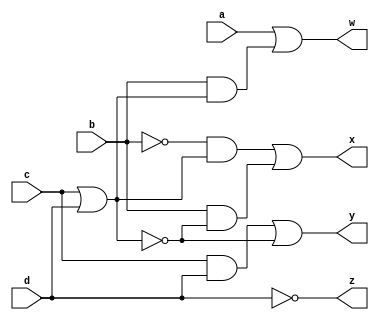
`timescale 1ns / 1ps
//////////////////////////////////////////////////////////////////////////////////
// Company: 
// Engineer: 
// 
// Design Name: 
// Module Name: lab2_1
// Project Name: 
// Target Devices: 
// Tool Versions: 
// Description: 
// 
// Dependencies: 
// 
// Revision:
// Revision 0.01 - File Created
// Additional Comments:
// 
//////////////////////////////////////////////////////////////////////////////////


module lab2_1(
    input a,
    input b,
    input c,
    input d,
    output w,
    output x,
    output y,
    output z
    );
    
assign z = ~d;
assign y = (c&d)|(~(c|d));
assign x = ((~b&(c|d))|(b&(~(c|d))));
assign w = (a | (b&(c|d)));
    
endmodule